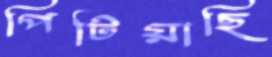
পিটিয়াছি